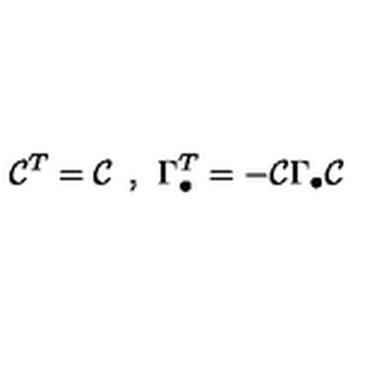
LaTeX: { \cal C } ^ { T } = { \cal C } \: \: , \: \: \Gamma _ { \bullet } ^ { T } = - { \cal C } \Gamma _ { \bullet } { \cal C }